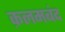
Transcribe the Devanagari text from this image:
क़लमबंद